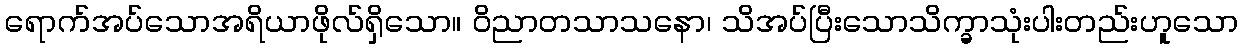
ရောက်အပ်သောအရိယာဖိုလ်ရှိသော။ ဝိညာတသာသနော၊ သိအပ်ပြီးသောသိက္ခာသုံးပါးတည်းဟူသော